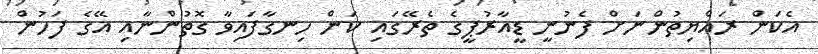
އެކަން ރައްޔިތުންނަށް ފެނުނީ ޑީއާރުޕީގެ ތެރޭގައި ކަން ހިނގާފައިވާ ގޮތުންނާއި އޭގެ ފަހުން